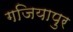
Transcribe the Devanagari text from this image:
गजियापुर